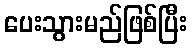
ပေးသွားမည်ဖြစ်ပြီး